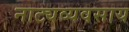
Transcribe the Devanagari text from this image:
नाट्यव्यवसाय